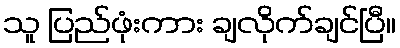
သူ ပြည်ဖုံးကား ချလိုက်ချင်ပြီ။